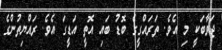
ޖަވާބަކީ މި އެވެ. ތަރައްގީގެ ބޮޑު ބައި އޮތީ އަޑީގަ އެވެ. ރައްޔިތުންގެ